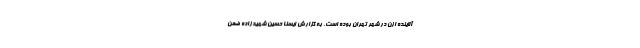
آلاینده ازن در شهر تهران بوده است. به گزارش ایسنا حسین شهیدزاده ضمن